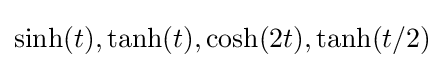
\sinh(t),\tanh(t),\cosh(2t),\tanh(t/2)